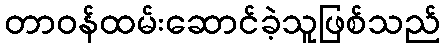
တာဝန်ထမ်းဆောင်ခဲ့သူဖြစ်သည်